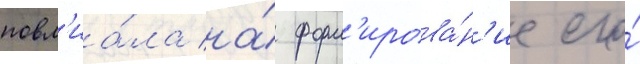
повл'иа́ла на́ форм'ирова́н'ие его́